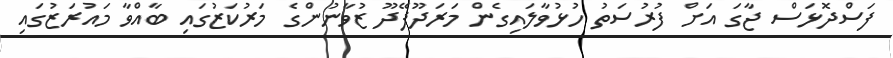
ފަސްދޮޅަސް ޖާގަ އަށް ފުރުސަތު ހުޅުވާލައިގެން މަރަދޫފޭދޫ ޒުވާނުންގެ މަރުކަޒުގައި ބާއްވާ މައުރަޒުގައި